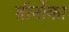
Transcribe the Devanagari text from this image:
तीनोंका